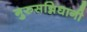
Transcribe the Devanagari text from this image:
गुरुसन्निधानी